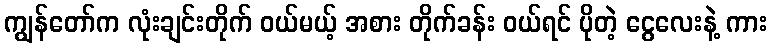
ကျွန်တော်က လုံးချင်းတိုက် ဝယ်မယ့် အစား တိုက်ခန်း ဝယ်ရင် ပိုတဲ့ ငွေလေးနဲ့ ကား